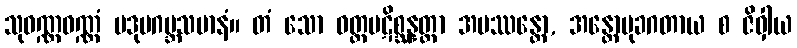
သုဝဏ္ဏဝဏ္ဏံ ပဒုမဂဗ္ဘသမာနံ။ တံ သော ဝတ္ထပဋိစ္ဆန္နတ္တာ အပဿန္တော, အန္တောမုခဂတာယ စ ဇိဝှါယ